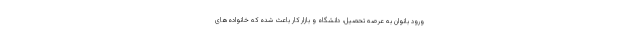
ورود بانوان به عرصه تحصیل، دانشگاه و بازار کار باعث شده که خانواده‌های